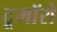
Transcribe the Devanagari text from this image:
टूमॉरो